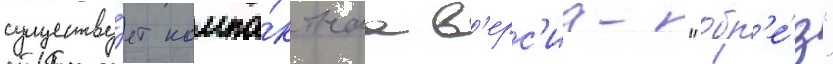
существу́ет компа́ктнаа в'ерс'иа- "обр'е́з"